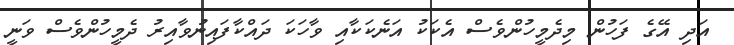
އަދި އޭގެ ފަހުން މިދެމީހުންވެސް އެކަކު އަނެކަކާއި ވާހަކަ ދައްކާފައިނުވާއިރު ދެމީހުންވެސް ވަނީ